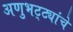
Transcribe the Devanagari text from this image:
अणुभट्ट्यांचे